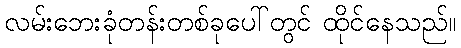
လမ်းဘေးခုံတန်းတစ်ခုပေါ်တွင် ထိုင်နေသည်။